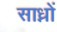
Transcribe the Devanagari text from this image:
साध्नों